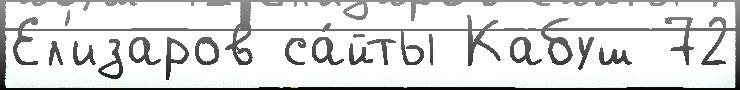
Ел'изаров са́йты Кабуш 72